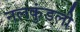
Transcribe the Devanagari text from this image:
नलकुंडली